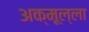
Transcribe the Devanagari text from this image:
अक्मूल्ला